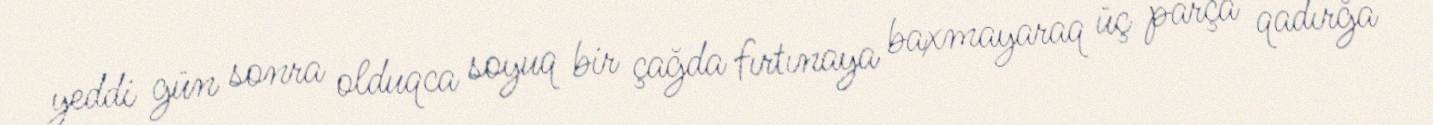
yeddi gün sonra olduqca soyuq bir çağda fırtınaya baxmayaraq üç parça qadırğa